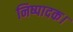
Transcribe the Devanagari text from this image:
निष्पादक।